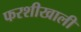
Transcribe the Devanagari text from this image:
फरशीखाली